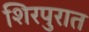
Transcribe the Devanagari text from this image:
शिरपुरात